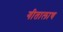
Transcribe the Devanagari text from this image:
गीतालाच